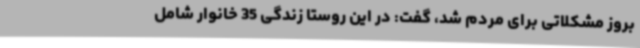
بروز مشکلاتی برای مردم شد، گفت: در این روستا زندگی 35 خانوار شامل